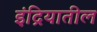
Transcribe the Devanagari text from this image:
इंद्रियातील